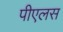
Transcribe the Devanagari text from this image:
पीएलस